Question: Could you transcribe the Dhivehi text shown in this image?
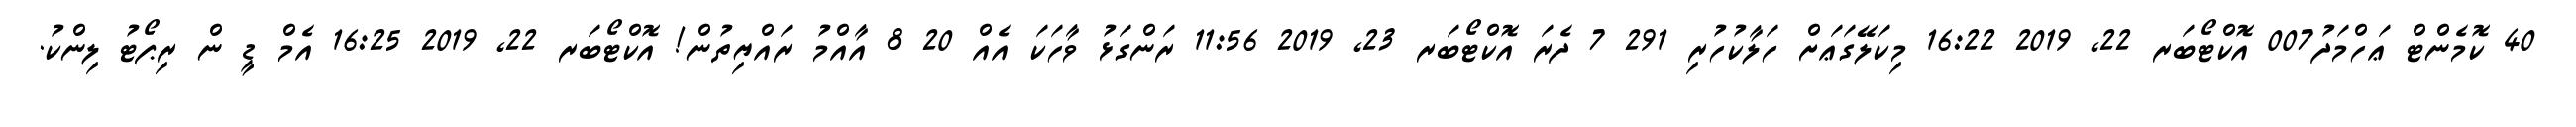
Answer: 40 ކޮމެންޓް ޢަހްމަދު007 އޮކްޓޯބަރ 22, 2019 16:22 މިކަލޭގަޢަށް ހަލާކުހުރި 291 7 ދެރަ އޮކްޓޯބަރ 23, 2019 11:56 ރަންގަޅު ވާހަކަ އެއް 20 8 އާއްމު ރައްޔިތުން! އޮކްޓޯބަރ 22, 2019 16:25 އެމް ޑީ ން ރިޕޯޓު ލިންކު.